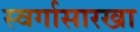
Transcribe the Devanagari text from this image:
स्वर्गासारखा